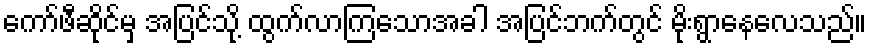
ကော်ဖီဆိုင်မှ အပြင်သို့ ထွက်လာကြသောအခါ အပြင်ဘက်တွင် မိုးရွာနေလေသည်။